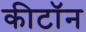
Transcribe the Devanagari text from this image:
कीटॉन